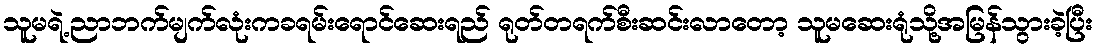
သူမရဲ့ညာဘက်မျက်လုံးကခရမ်းရောင်ဆေးရည် ရုတ်တရက်စီးဆင်းလာတော့ သူမဆေးရုံသို့အမြန်သွားခဲ့ပြီး